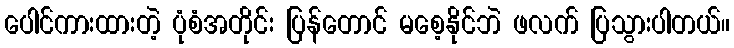
ပေါင်ကားထားတဲ့ ပုံစံအတိုင်း ပြန်တောင် မစေ့နိုင်ဘဲ ဖလက် ပြသွားပါတယ်။